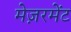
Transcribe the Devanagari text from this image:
मेज़रमेंट